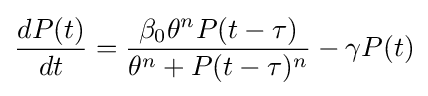
{\frac {dP(t)}{dt}}={\frac {\beta _{0}\theta ^{n}P(t-\tau )}{\theta ^{n}+P(t-\tau )^{n}}}-\gamma P(t)